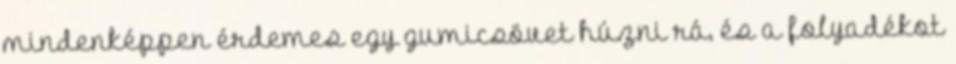
mindenképpen érdemes egy gumicsövet húzni rá, és a folyadékot